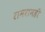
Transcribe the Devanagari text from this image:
रामरामही